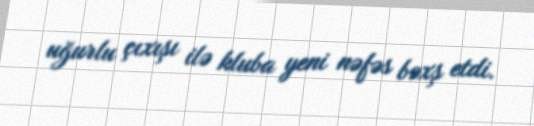
uğurlu çıxışı ilə kluba yeni nəfəs bəxş etdi.